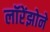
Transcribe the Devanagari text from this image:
लॉरेंझोने